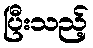
ပြီးသည့်